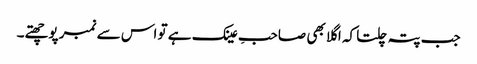
جب پتہ چلتا کہ اگلا بھی صاحبِ عینک ہے تو اس سے نمبر پوچھتے۔